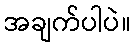
အချက်ပါပဲ။